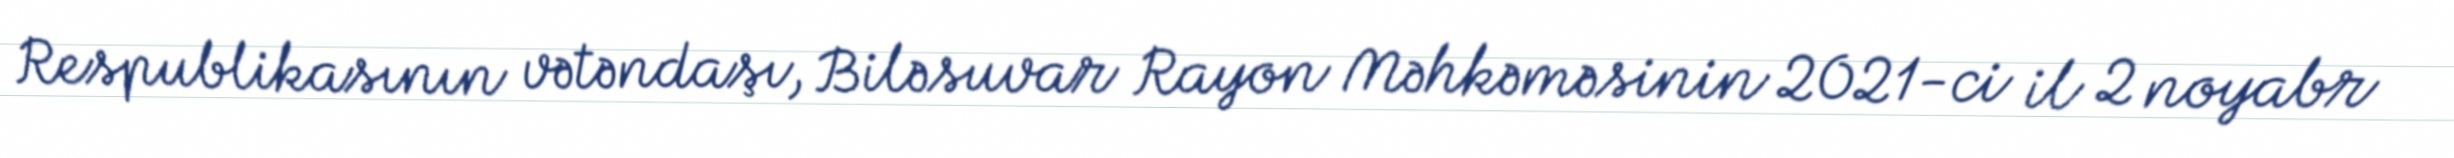
Respublikasının vətəndaşı, Biləsuvar Rayon Məhkəməsinin 2021-ci il 2 noyabr